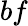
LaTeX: bf